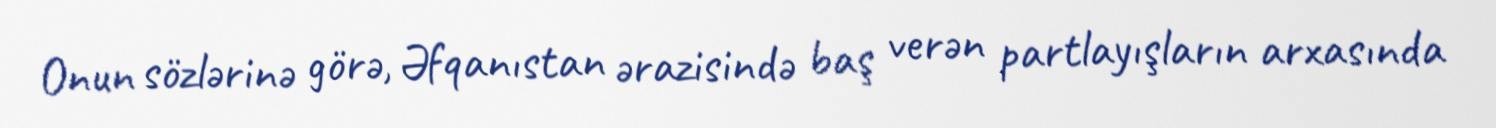
Onun sözlərinə görə, Əfqanıstan ərazisində baş verən partlayışların arxasında